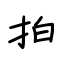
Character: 拍